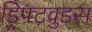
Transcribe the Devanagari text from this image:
ड्रिफ्टवुडस